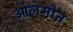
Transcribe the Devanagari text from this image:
ओलेमौन